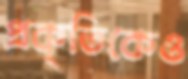
প্রকৃতিকেও